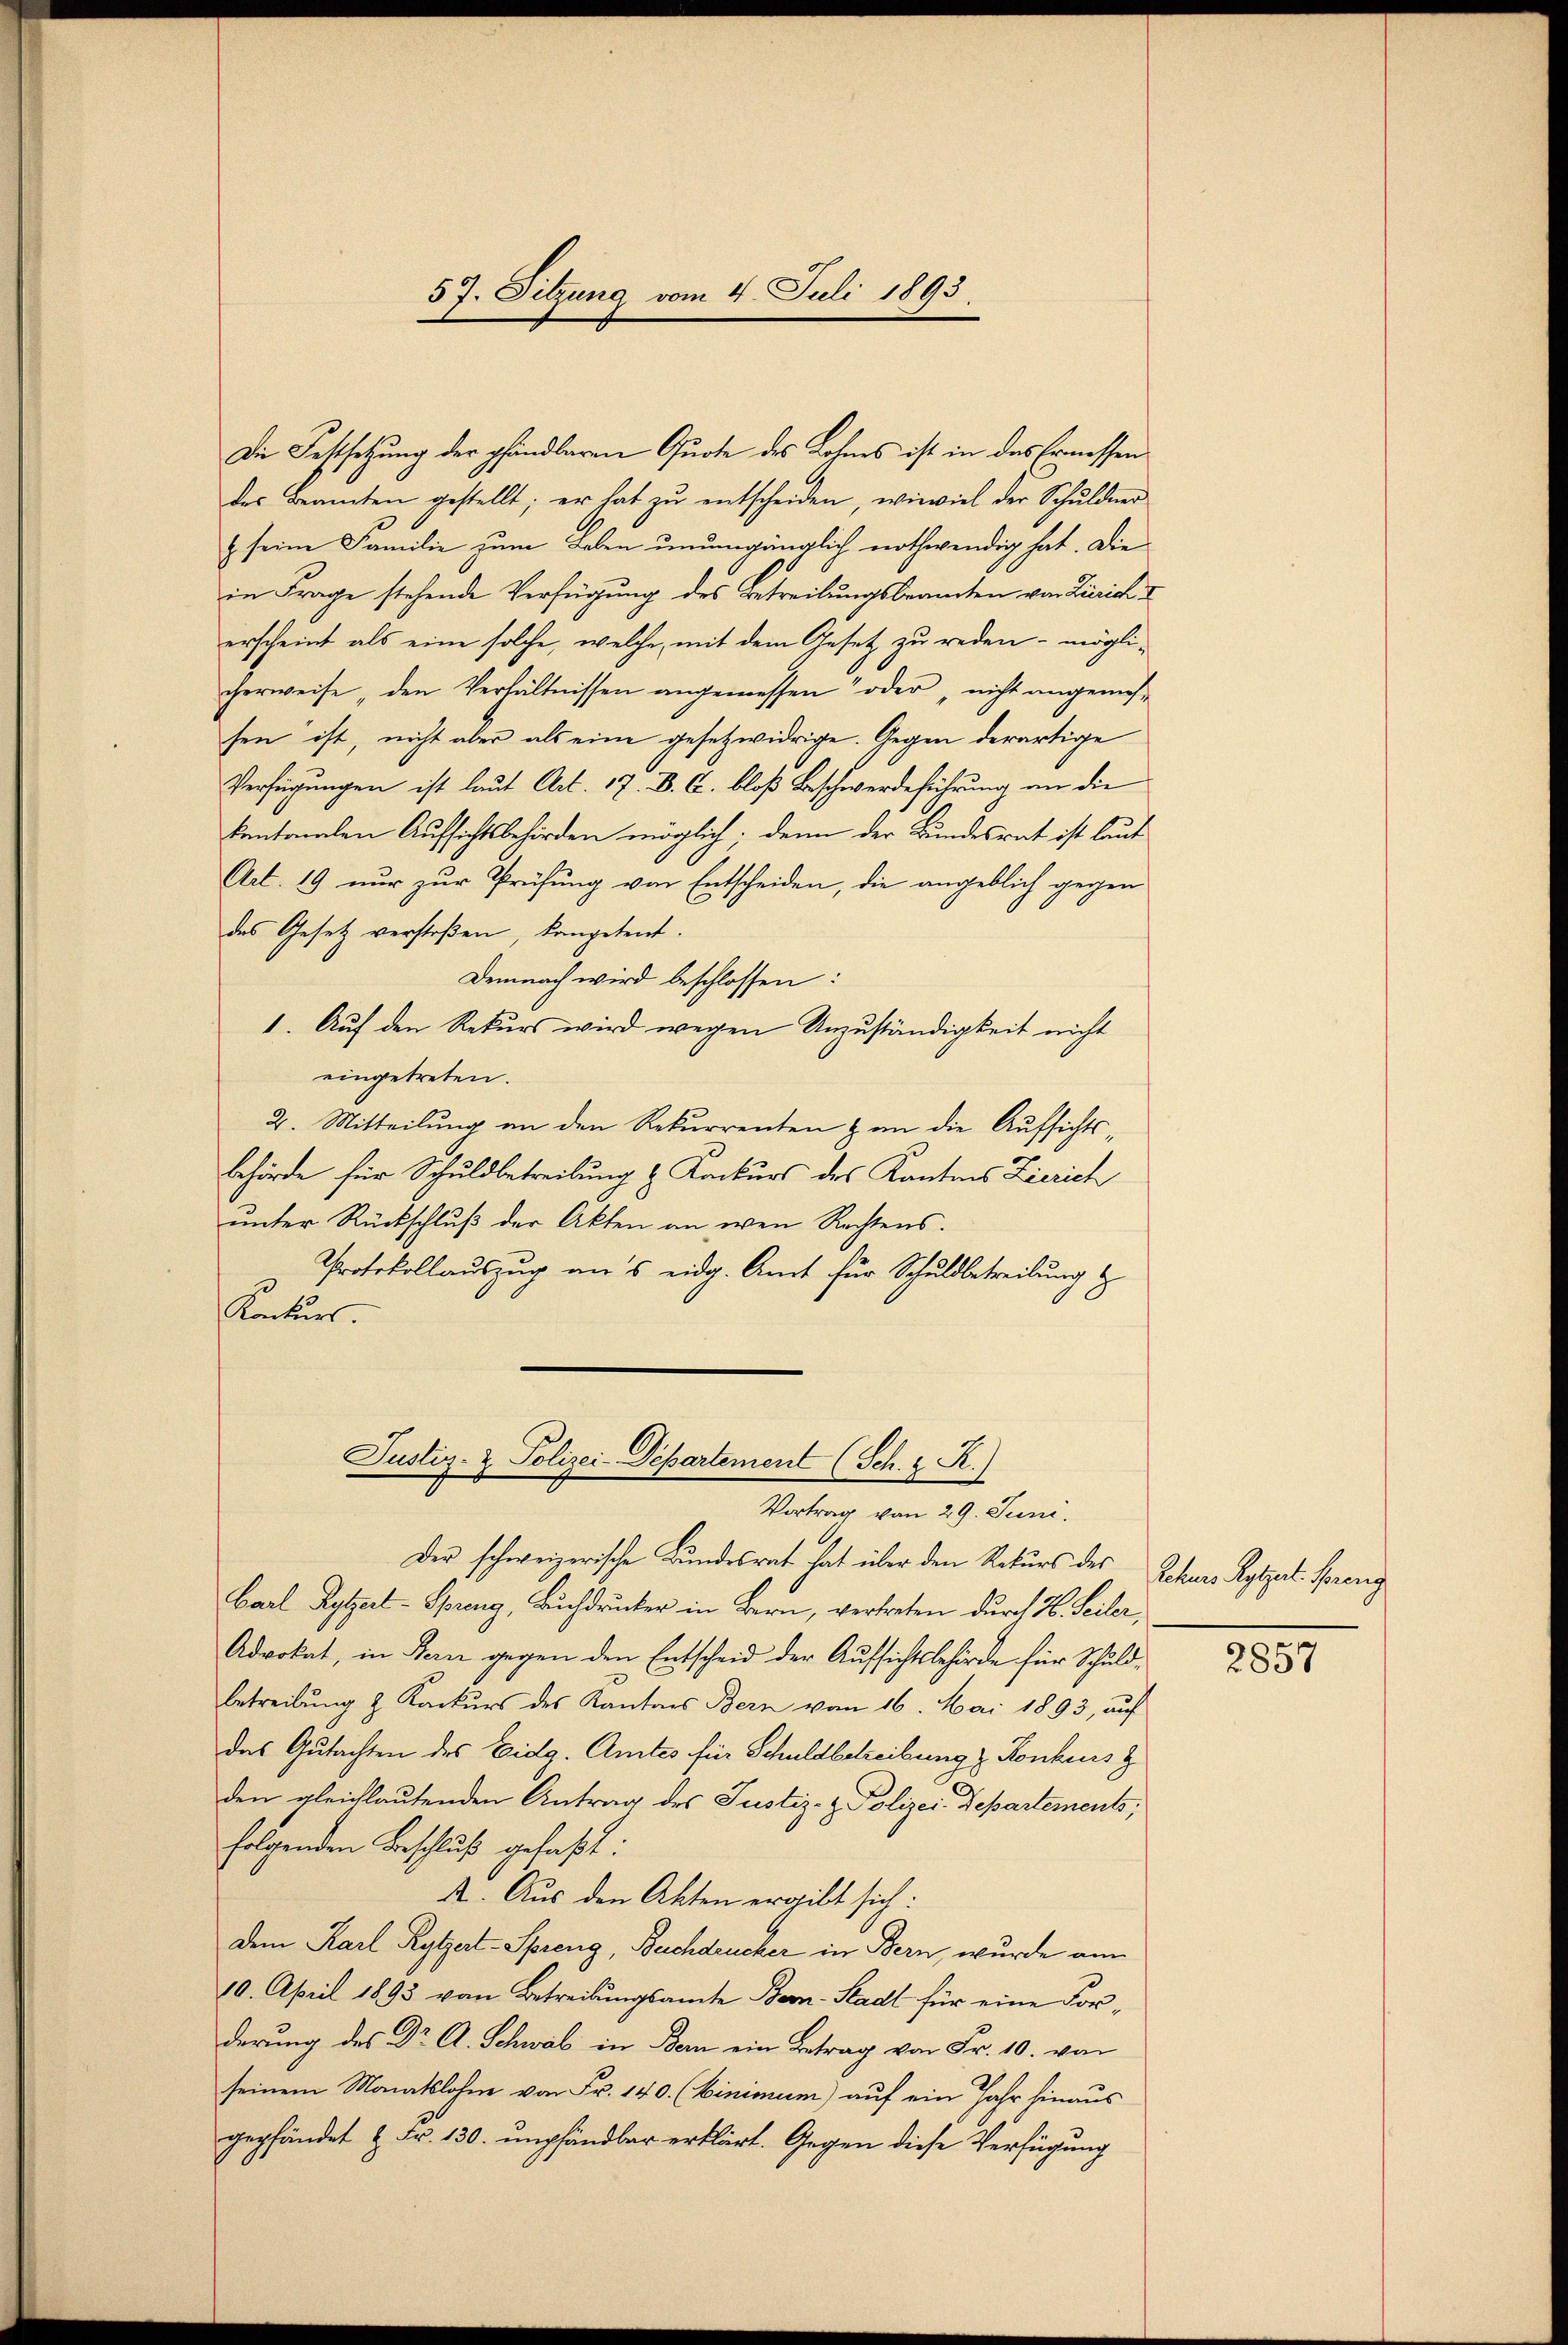
Die Festsetzung der pfandbaren Quote des Lohnes ist in das Ermessen
des Beamten gestellt; er hat zŭ entscheiden, wieviel der Schuldner
z seine Familie zum Leben unumgänglich nothwendig hat. Die
in Frage stehende Verfügung des Betreibungsbeamten von Zürich
erscheint als eine solche, welche, mit dem Gesetz zu reden – mögli-
cherweise, den Verhältnissen angemessen oder nicht angemessen“ ist, nicht aber als eine gesetzwidrige. Gegen derartige
Verfügungen ist laut Art. 17. B. C. bloß Beschwerdeführung an die
kantonalen Aufsichtsbehörden möglich, denn der Bundesrat ist laut
Art. 19 nŭr zŭr Prüfŭng von Entscheiden, die angeblich gegen
des Gesetz verstoßen, kompetent.
Demnach wird beschlossen:
1. Auf den Rekurs wird wegen Unzuständigkeit nicht
eingetreten.
2. Mitteilung an den Rekurrenten & an die Aufsichtsbehörde für Schuldbetreibung & Konkurs des Kantons Zierich
ŭnter Rückschlŭβ der Akten an wen Rechtens.
Protokollauszug aus eidg. Amt für Schuldbetreibung &
Konkurs.
Justiz- & Polizei-Departement (Sch. 2. R.)
Vortrag von 29. Juni.
Der schweizerische Bundesrat hat über den Rekurs des
Carl Ryfzert-Spreng, Buchdrucker in Bern, vertreten durch H. Seiler,
Advokat, in Bern gegen den Entscheid der Aufsichtsbehörde für Schuldbetreibung & Konkurs des Kantons Bern vom 16. Mai 1893, auf
das Gutachten des Eidg. Amtes für Schuldbetreibung & Konkurs z
den gleichlautenden Antrag des Justiz- & Polizei. Departements;
folgenden Beschluß gefaßt:
. Aus den Akten ergibt sich:
Dem Karl Rytzert-Spreng, Buchdrucker in Bern, wurde an
10. April 1893 von Betreibŭngsamte Bern-Stadt für eine Forderung des Dr A. Schwal in Bern ein Betrag von Fr. 10. von
seinem Monatslohne von Fr. 140. (Winimum) auf ein Jahr hinaus
gepfändet & Fr. 130. empfändbar erklärt. Gegen diese Verfügung

57. Sitzung vom 4. Juli 1893.

Rekurs Rytzer Spreng

2857